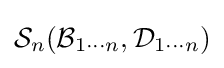
{\mathcal {S}}_{n}({\mathcal {B}}_{1\cdots n},{\mathcal {D}}_{1\cdots n})